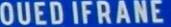
QUEDIFRANE